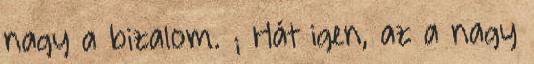
nagy a bizalom. ; Hát igen, az a nagy